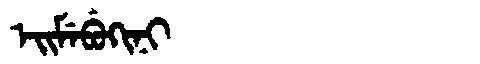
Manchu: ᡝᡳᠮᡝᠪᡠᡴᡳᠨᡳ
Romanization: EIMEBUKINI